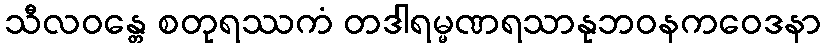
သီလဝန္တေ စတုရဿကံ တဒါရမ္မဏရသာနုဘဝနကဝေဒနာ